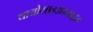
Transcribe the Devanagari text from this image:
थायोसाइआनाइड